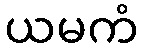
ယမကံ